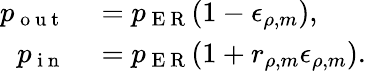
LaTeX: \begin{array}{rl}{p_{\mathrm{~o~u~t~}}}&{{}=p_{\mathrm{~E~R~}}(1-\epsilon_{\rho,m}),}\\ {p_{\mathrm{~i~n~}}}&{{}=p_{\mathrm{~E~R~}}(1+r_{\rho,m}\epsilon_{\rho,m}).}\end{array}